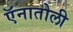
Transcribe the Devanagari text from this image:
ऍनातोली